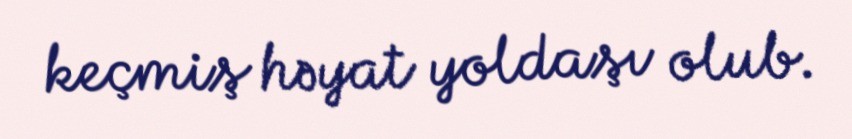
keçmiş həyat yoldaşı olub.